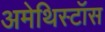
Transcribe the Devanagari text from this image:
अमेथिस्टॉस